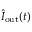
\hat { I } _ { \mathrm { o u t } } ( t )